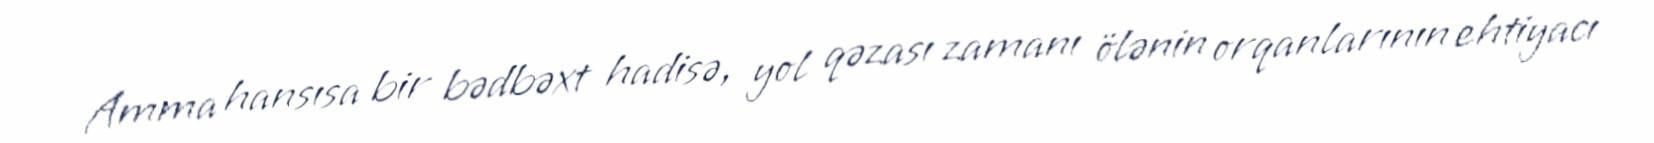
Amma hansısa bir bədbəxt hadisə, yol qəzası zamanı ölənin orqanlarının ehtiyacı